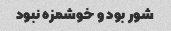
شور بود و خوشمزه نبود